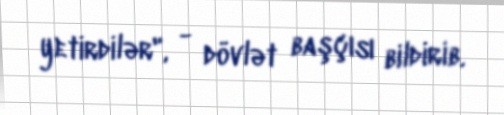
yetirdilər", - dövlət başçısı bildirib.